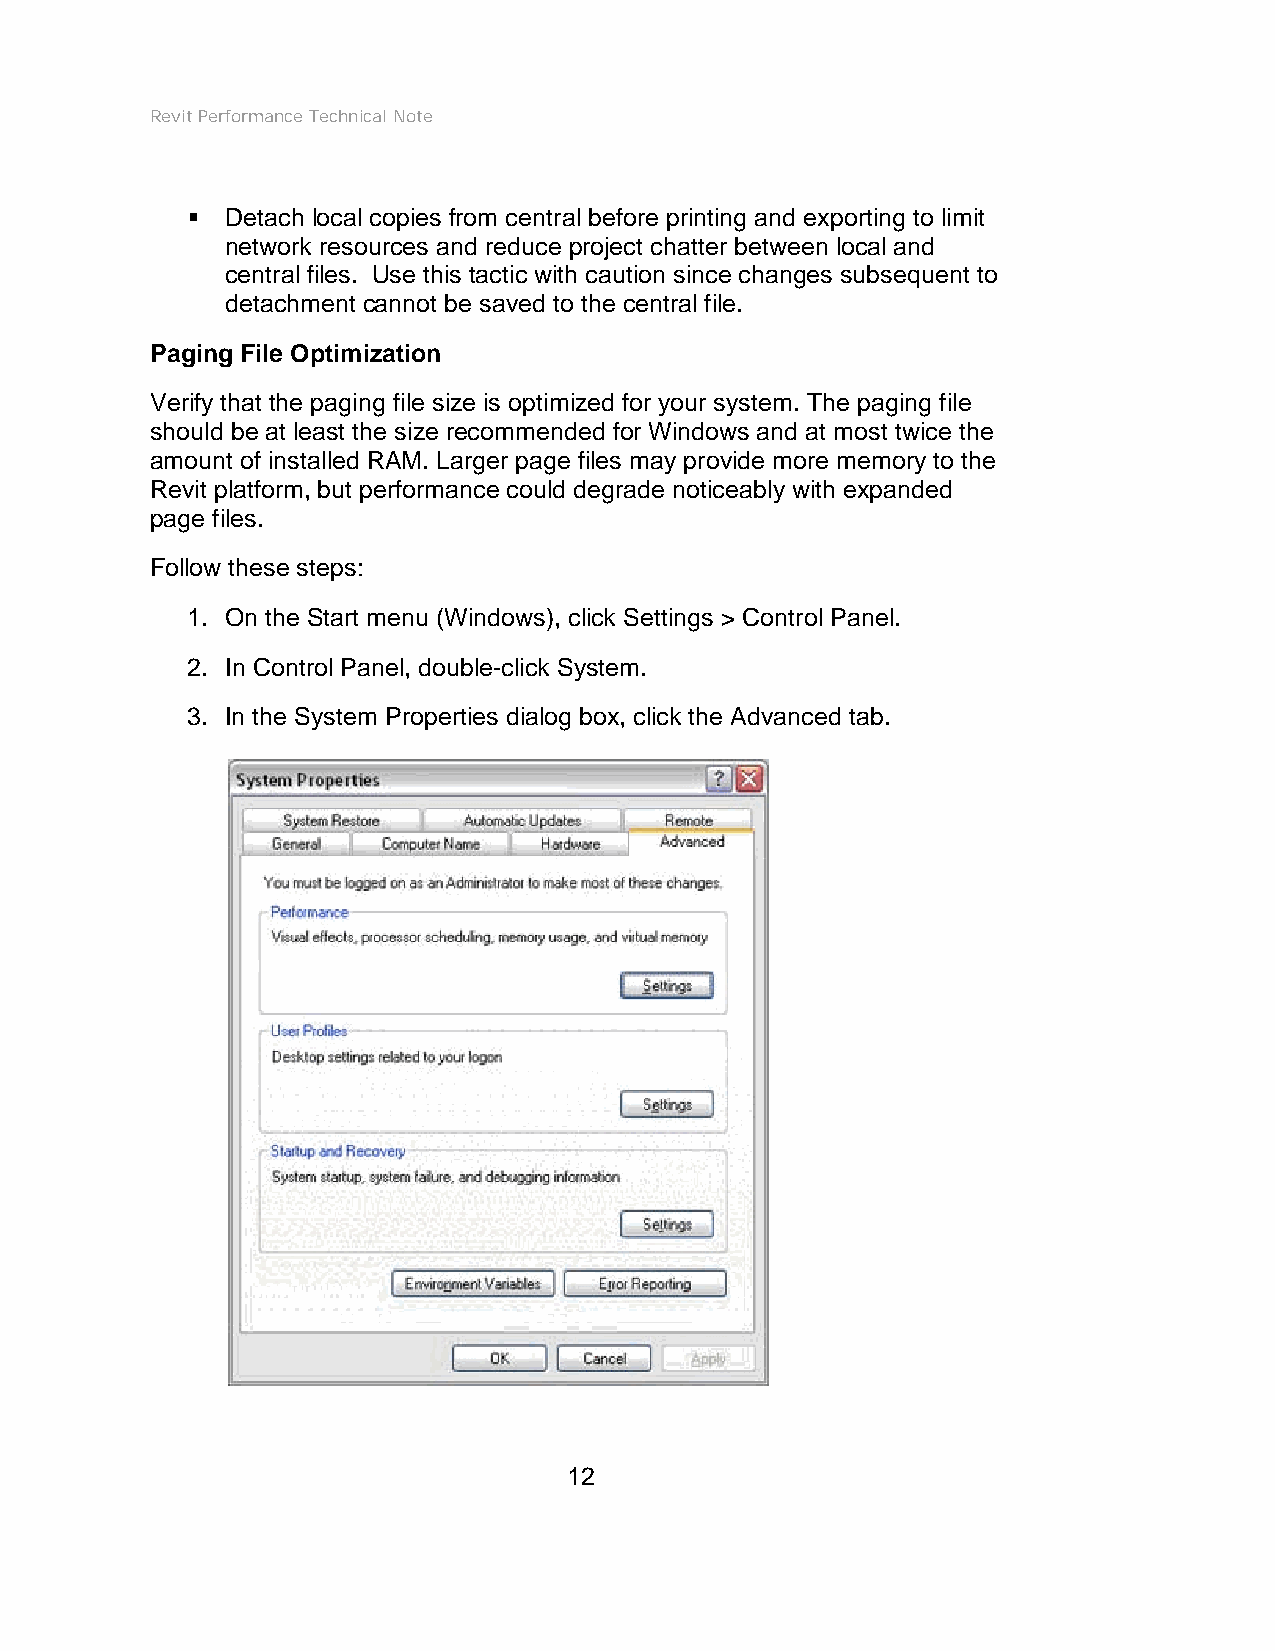
Revit Performance Technical Note
   Detach local copies from central before printing and exporting to limit
 network resources and reduce project chatter between local and
 central files. Use this tactic with caution since changes subsequent to
 detachment cannot be saved to the central file.
 Paging File Optimization
 Verify that the paging file size is optimized for your system. The paging file
 should be at least the size recommended for Windows and at most twice the
 amount of installed RAM. Larger page files may provide more memory to the
 Revit platform, but performance could degrade noticeably with expanded
 page files.
 Follow these steps:
 1. On the Start menu (Windows), click Settings > Control Panel.
 2. In Control Panel, double-click System.
 3. In the System Properties dialog box, click the Advanced tab.
 12